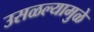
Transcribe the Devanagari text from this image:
उसळल्यामुळे